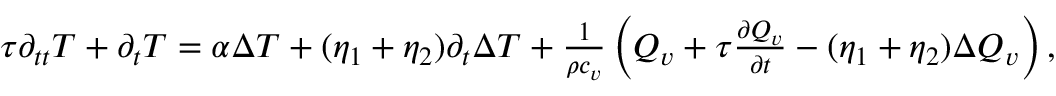
\begin{array} { r } { \tau \partial _ { t t } T + \partial _ { t } T = \alpha \Delta T + ( \eta _ { 1 } + \eta _ { 2 } ) \partial _ { t } \Delta T + \frac { 1 } { \rho c _ { v } } \left( Q _ { v } + \tau \frac { \partial Q _ { v } } { \partial t } - ( \eta _ { 1 } + \eta _ { 2 } ) \Delta Q _ { v } \right) , } \end{array}